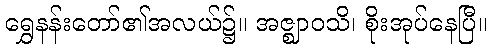
ရွှေနန်းတော်၏အလယ်၌။ အဇ္ဈာဝသိ၊ စိုးအုပ်နေပြီ။